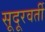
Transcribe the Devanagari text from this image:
सूदूरवर्ती